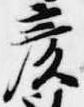
彦